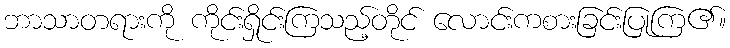
ဘာသာတရားကို ကိုင်းရှိုင်းကြသည့်တိုင် လောင်းကစားခြင်းပြုကြ၏။